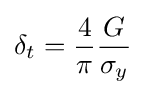
\delta _{t}={\frac {4}{\pi }}{\frac {G}{\sigma _{y}}}